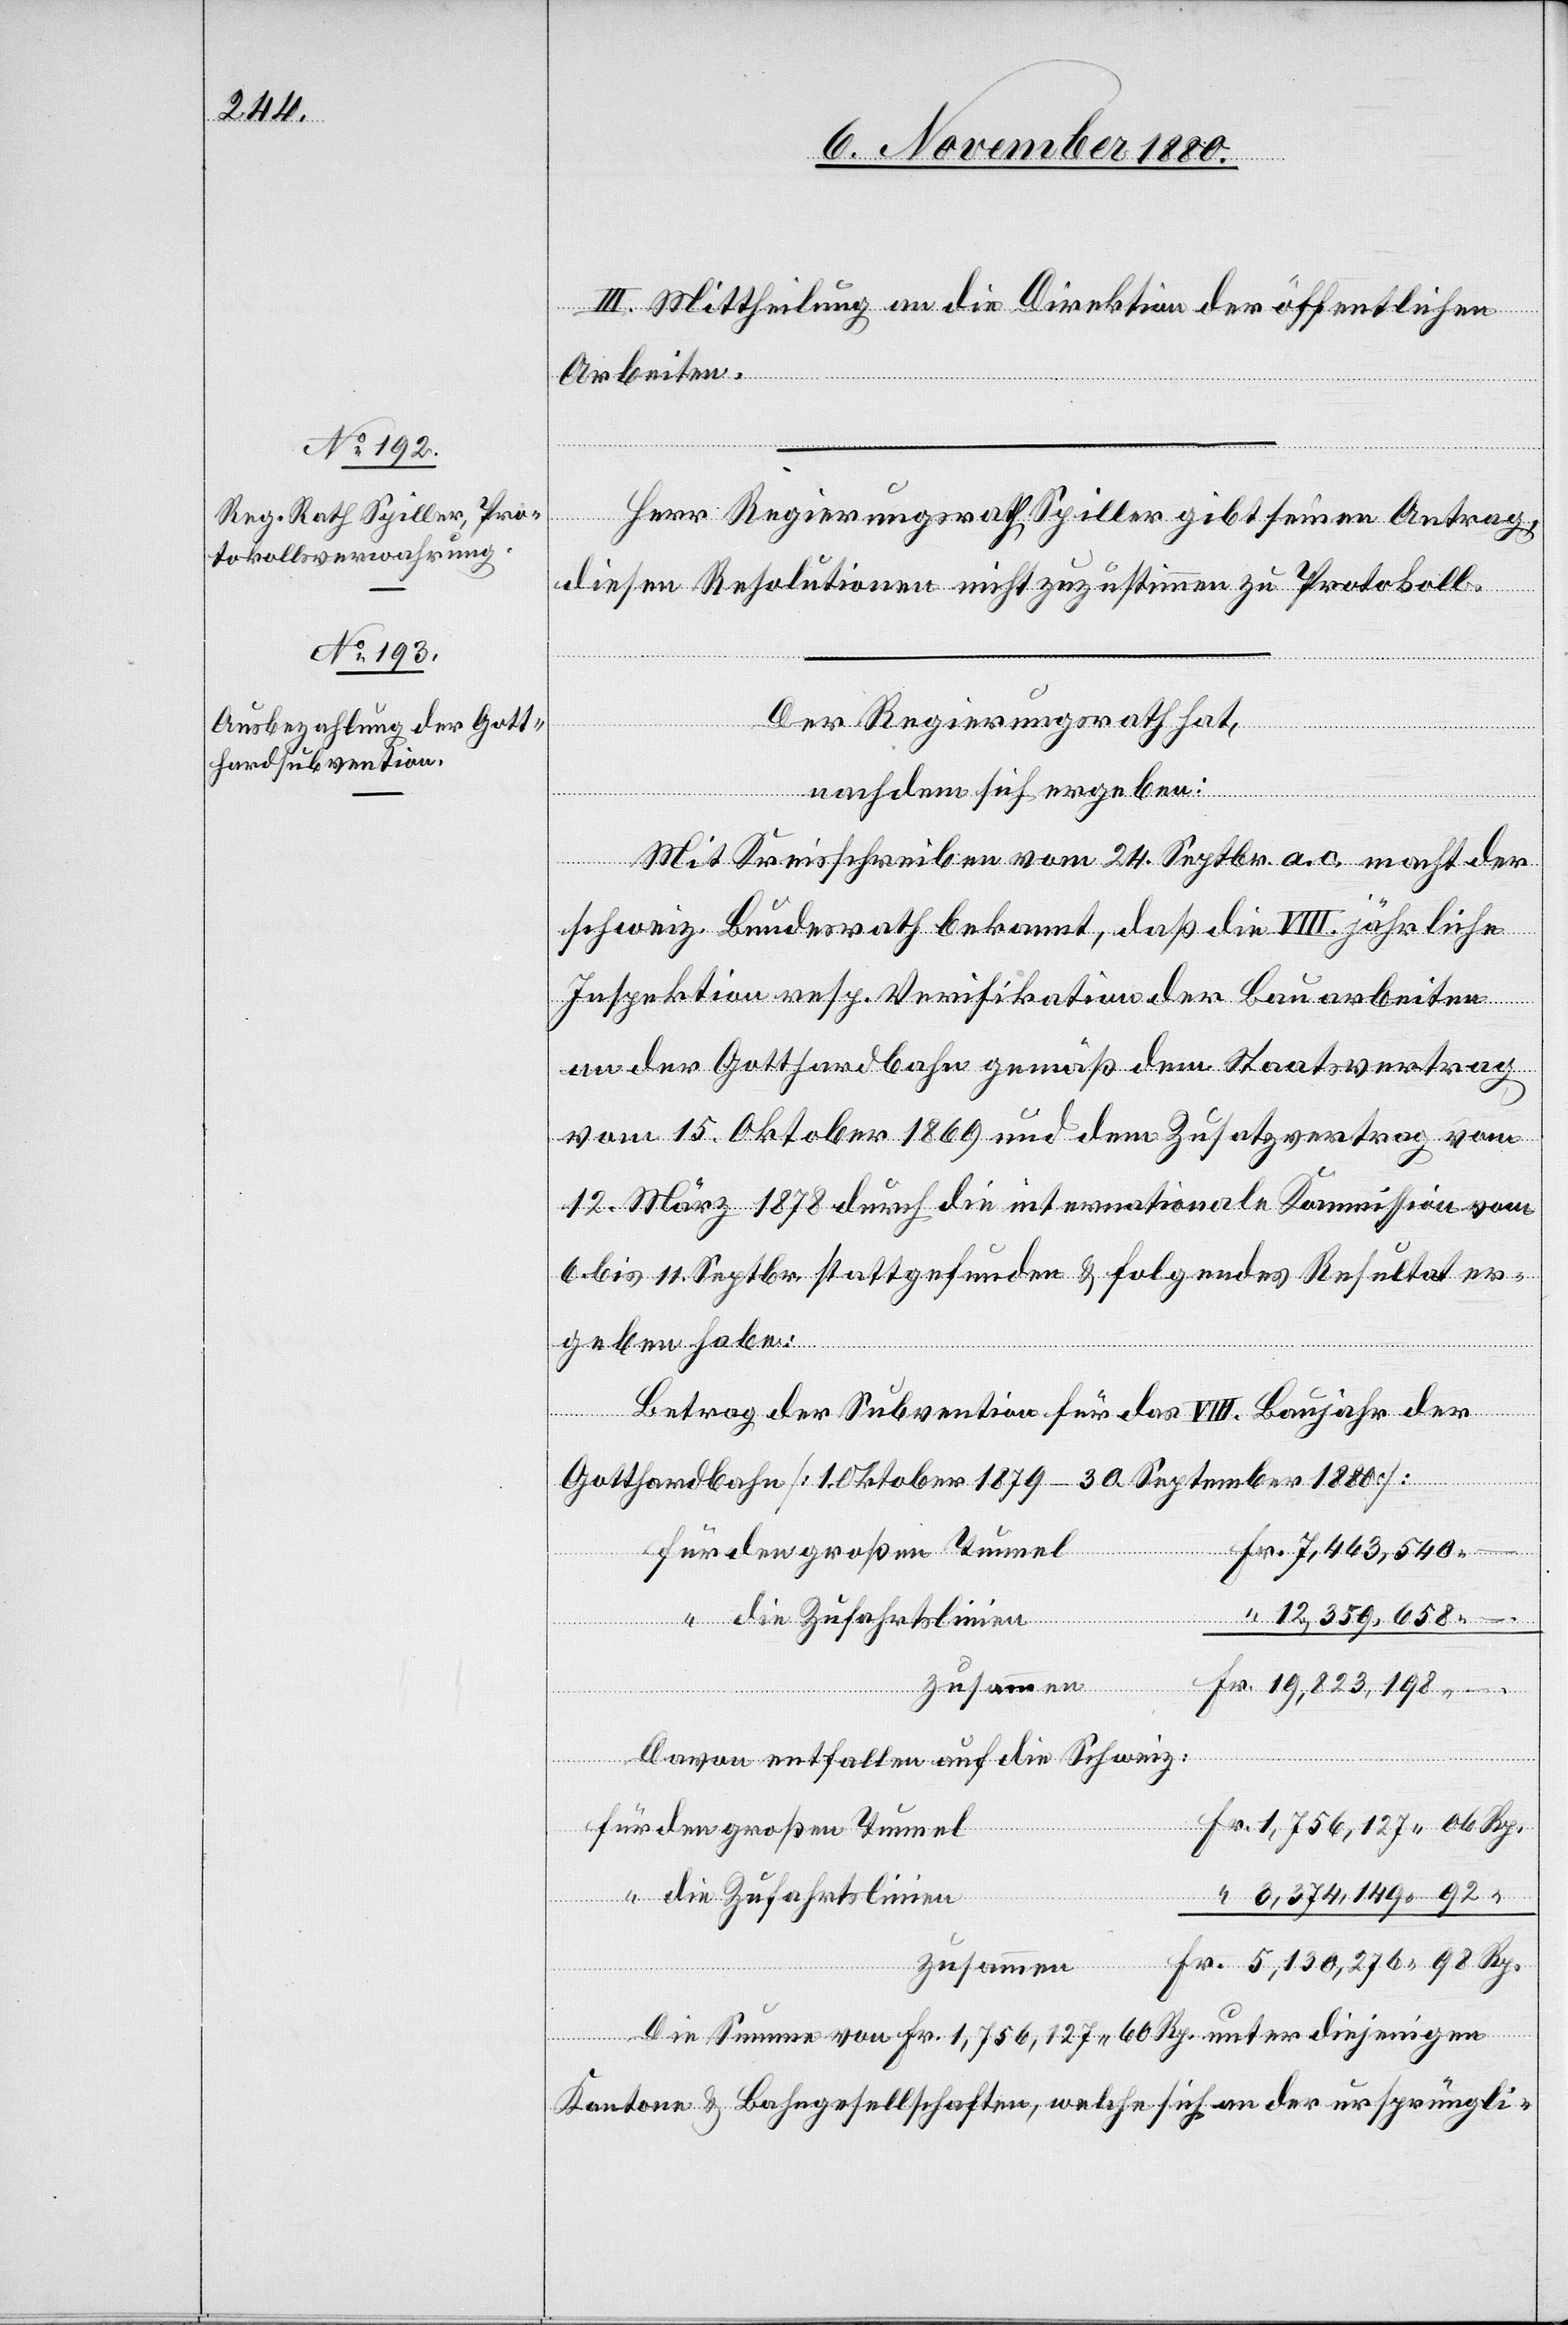
III. Mittheilung an die Direktion der öffentlichen
Arbeiten.
den großen Tunnel
Rp.
“
Herr Regierungsrath Spiller gibt seinen Antrag,
diesen Resolutionen nicht zuzustimmen zu Protokoll.
die
Der Regierungsrath hat,
Davon
auf
nachdem sich ergeben:
Mit Kreisschreiben vom 24. September a. c. macht der
schweiz. Bundesrath bekannt, daß die VIII. jährliche
Inspektion resp. Verifikation der Bauarbeiten
an der Gotthardbahn gemäß dem Staatsvertrag
vom 15. Oktober 1869 und dem Zusatzvertrag vom
12. März 1878 durch die internationale Kommission vom
6. bis 11. Septbr. stattgefunden & folgendes Resultat er¬
geben habe:
Betrag der Subvention für das VIII. Baujahr der
Gotthardbahn [1. Oktober 1879–30. September 1880]
92
die Zufahrtslinien
zusammen
Die Summe von Fr. 1,756,127 60 Rp. unter diejenigen
Kantone & Bahngesellschaften, welche sich an der ursprüngli-